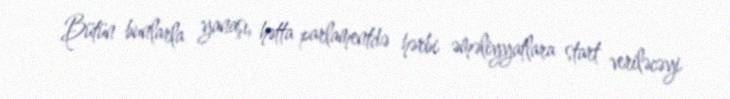
Bütün bunlarla yanaşı, hətta parlamentdə hərbi əməliyyatlara start veriləcəyi